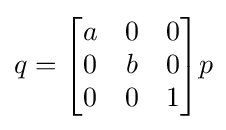
q={\begin{bmatrix}a&0&0\\0&b&0\\0&0&1\end{bmatrix}}p